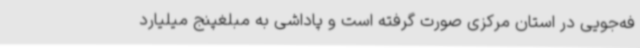
فه‌جویی در استان مرکزی صورت گرفته است و پاداشی به مبلغپنج میلیارد